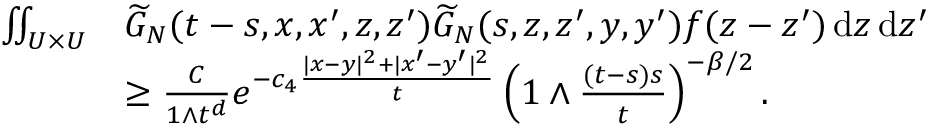
\begin{array} { r l } { \iint _ { U \times U } } & { \widetilde { G } _ { N } ( t - s , x , x ^ { \prime } , z , z ^ { \prime } ) \widetilde { G } _ { N } ( s , z , z ^ { \prime } , y , y ^ { \prime } ) f ( z - z ^ { \prime } ) \, \ensuremath { \mathrm { d } } z \, \ensuremath { \mathrm { d } } z ^ { \prime } } \\ & { \ge \frac { C } { 1 \wedge t ^ { d } } e ^ { - c _ { 4 } \frac { | x - y | ^ { 2 } + | x ^ { \prime } - y ^ { \prime } | ^ { 2 } } { t } } \left( 1 \wedge \frac { ( t - s ) s } { t } \right) ^ { - \beta / 2 } . } \end{array}